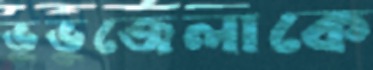
ভুভুজেলাকে